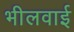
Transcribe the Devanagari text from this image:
भीलवाई